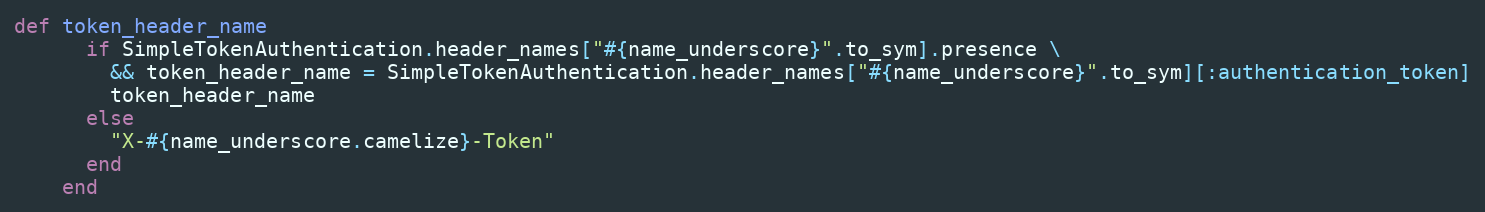
Language: Ruby
def token_header_name
      if SimpleTokenAuthentication.header_names["#{name_underscore}".to_sym].presence \
        && token_header_name = SimpleTokenAuthentication.header_names["#{name_underscore}".to_sym][:authentication_token]
        token_header_name
      else
        "X-#{name_underscore.camelize}-Token"
      end
    end